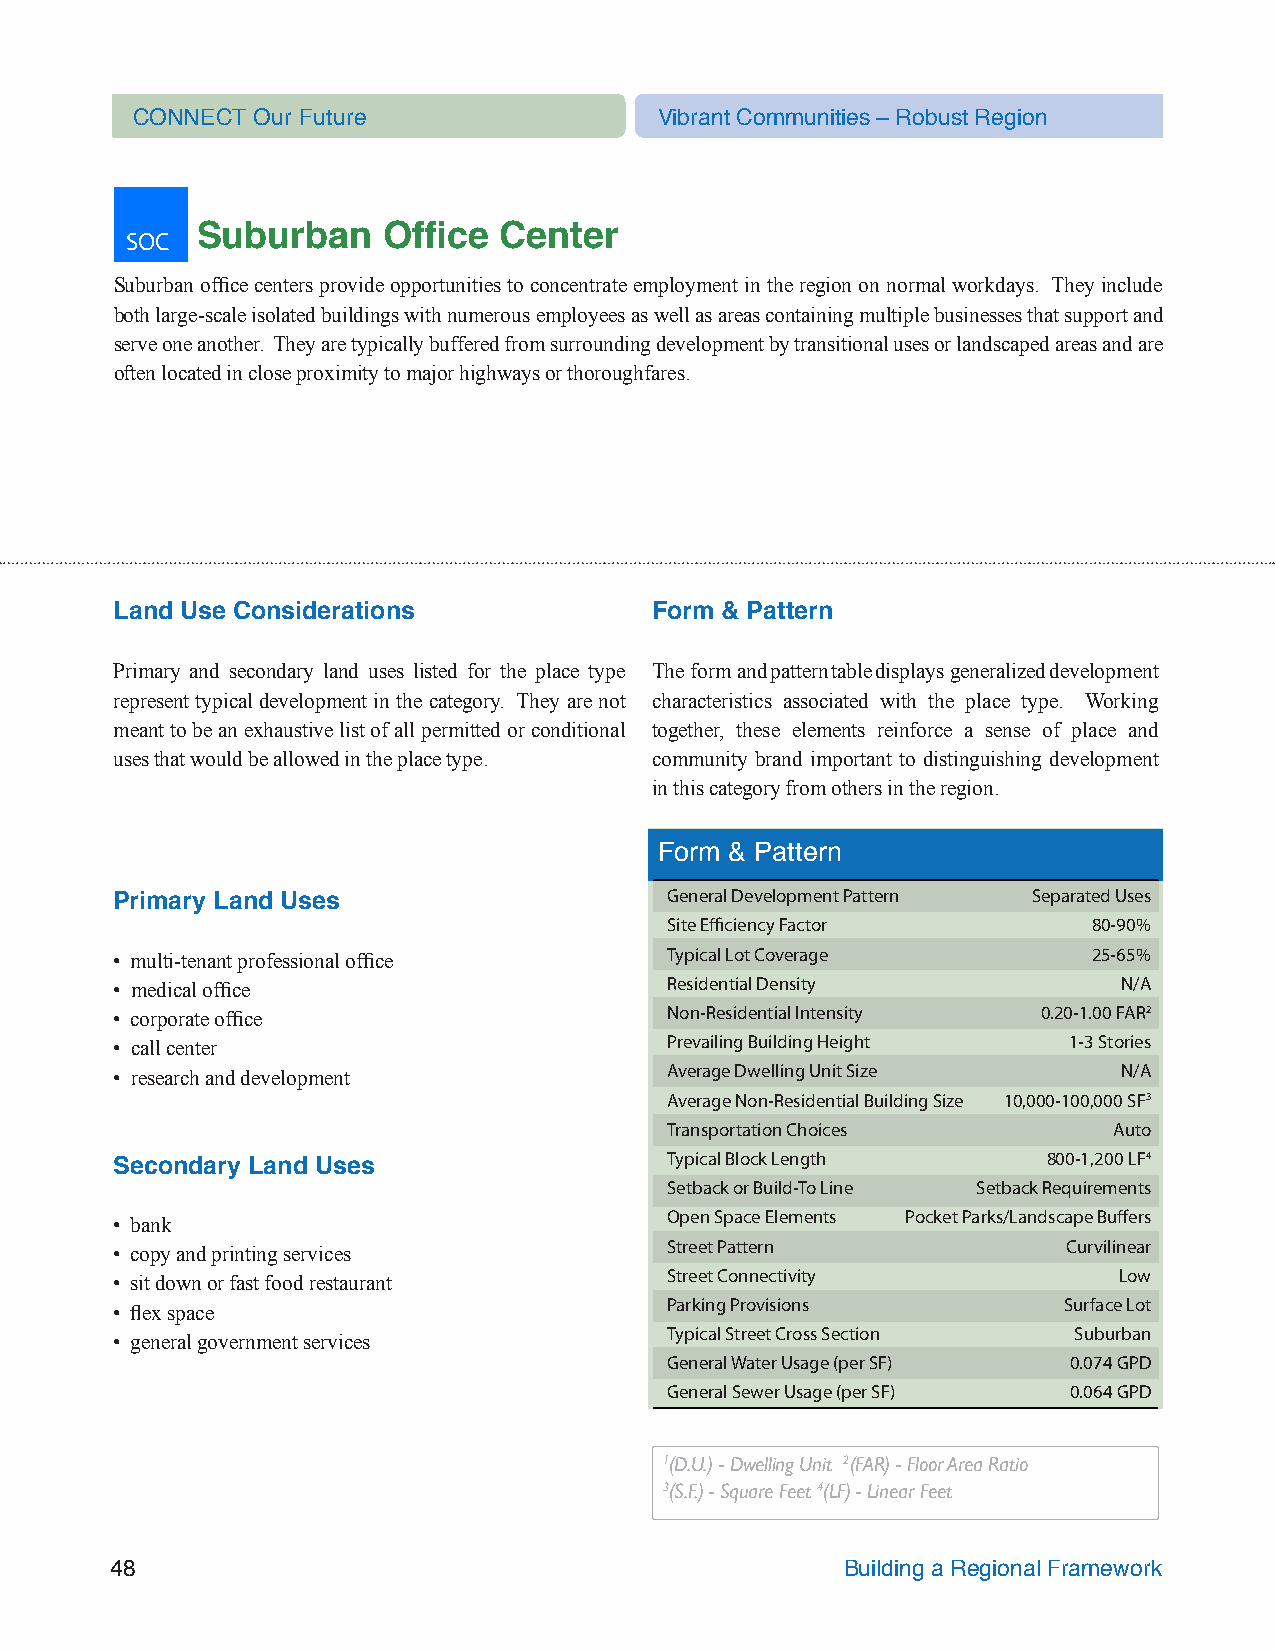
CONNECT Our Future                 Vibrant Communities – Robust Region
 SOC  Suburban    Office  Center
 Suburban office centers provide opportunities to concentrate employment in the region on normal workdays. They include
 both large-scale isolated buildings with numerous employees as well as areas containing multiple businesses that support and
 serve one another. They are typically buffered from surrounding development by transitional uses or landscaped areas and are
 often located in close proximity to major highways or thoroughfares.
 Land Use Considerations            Form & Pattern
 Primary and secondary land uses listed for the place type The form and pattern table displays generalized development
 represent typical development in the category. They are not characteristics associated with the place type. Working
 meant to be an exhaustive list of all permitted or conditional together, these elements reinforce a sense of place and
 uses that would be allowed in the place type. community brand important to distinguishing development
 in this category from others in the region.
 Form & Pattern
 General Development Pattern Separated Uses
 Primary Land Uses
 Site Efficiency Factor      80-90%
 • multi-tenant professional office  Typical Lot Coverage        25-65%
 • medical office                    Residential Density           N/A
 • corporate office                  Non-Residential Intensity 0.20-1.00 FAR2
 • call center                       Prevailing Building Height 1-3 Stories
 • research and development          Average Dwelling Unit Size    N/A
 Average Non-Residential Building Size 10,000-100,000 SF3
 Transportation Choices        Auto
 Typical Block Length     800-1,200 LF4
 Secondary Land Uses
 Setback or Build-To Line Setback Requirements
 Open Space Elements Pocket Parks/Landscape Buffers
 • bank
 Street Pattern             Curvilinear
 • copy and printing services
 Street Connectivity           Low
 • sit down or fast food restaurant
 Parking Provisions        Surface Lot
 • flex space
 Typical Street Cross Section Suburban
 • general government services
 General Water Usage (per SF) 0.074 GPD
 General Sewer Usage (per SF) 0.064 GPD
 1(D.U.) - Dwelling Unit 2(FAR) - Floor Area Ratio
 3(S.F.) - Square Feet 4(LF) - Linear Feet
 48                                               Building a Regional Framework